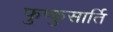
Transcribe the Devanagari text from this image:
फुप्फुसार्ति